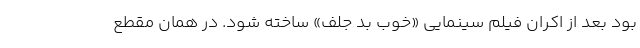
بود بعد از اکران فیلم سینمایی «خوب بد جلف» ساخته شود. در همان مقطع